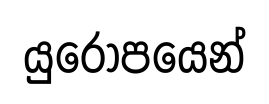
යුරෝපයෙන්